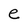
Character: e